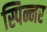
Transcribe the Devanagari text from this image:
स्पिन्नर